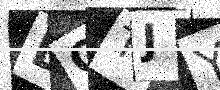
Text: DCTJYP